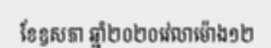
ខែឧសភា ឆ្នាំ២០២០វេលាម៉ោង១២